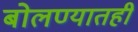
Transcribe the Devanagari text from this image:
बोलण्यातही